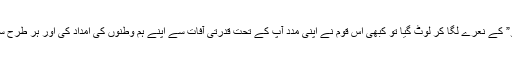
کوئی “قرض اتارو ملک سنوارو” کے نعرے لگا کر لوٹ گیا تو کبھی اس قوم نے اپنی مدد آپ کے تحت قدرتی آفات سے اپنے ہم وطنوں کی امداد کی اور ہر طرح سے ایک دوسرے کا خیال رکھا۔